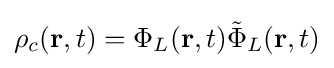
\rho _{c}(\mathbf {r} ,t)=\Phi _{L}(\mathbf {r} ,t){\tilde {\Phi }}_{L}(\mathbf {r} ,t)